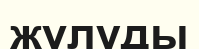
жұлуды